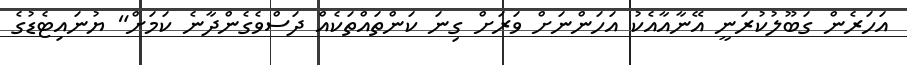
އަހަރެން ގަބޫލުކުރަނީ އޭނާއާއެކު އަހަންނަށް ވަރަށް ގިނަ ކަންތައްތަކެއް ދަސްވެގެންދާނެ ކަމަށް" ޔުނައިޓެޑުގެ